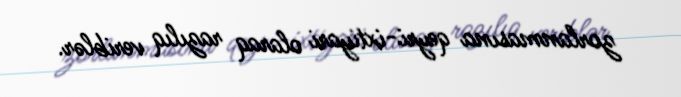
zorlanmasına qeyri-ixtiyari olaraq razılıq veriblər.